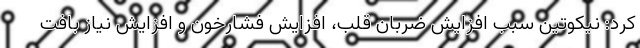
کرد: نیکوتین سبب افزایش ضربان قلب، افزایش فشارخون و افزایش نیاز بافت